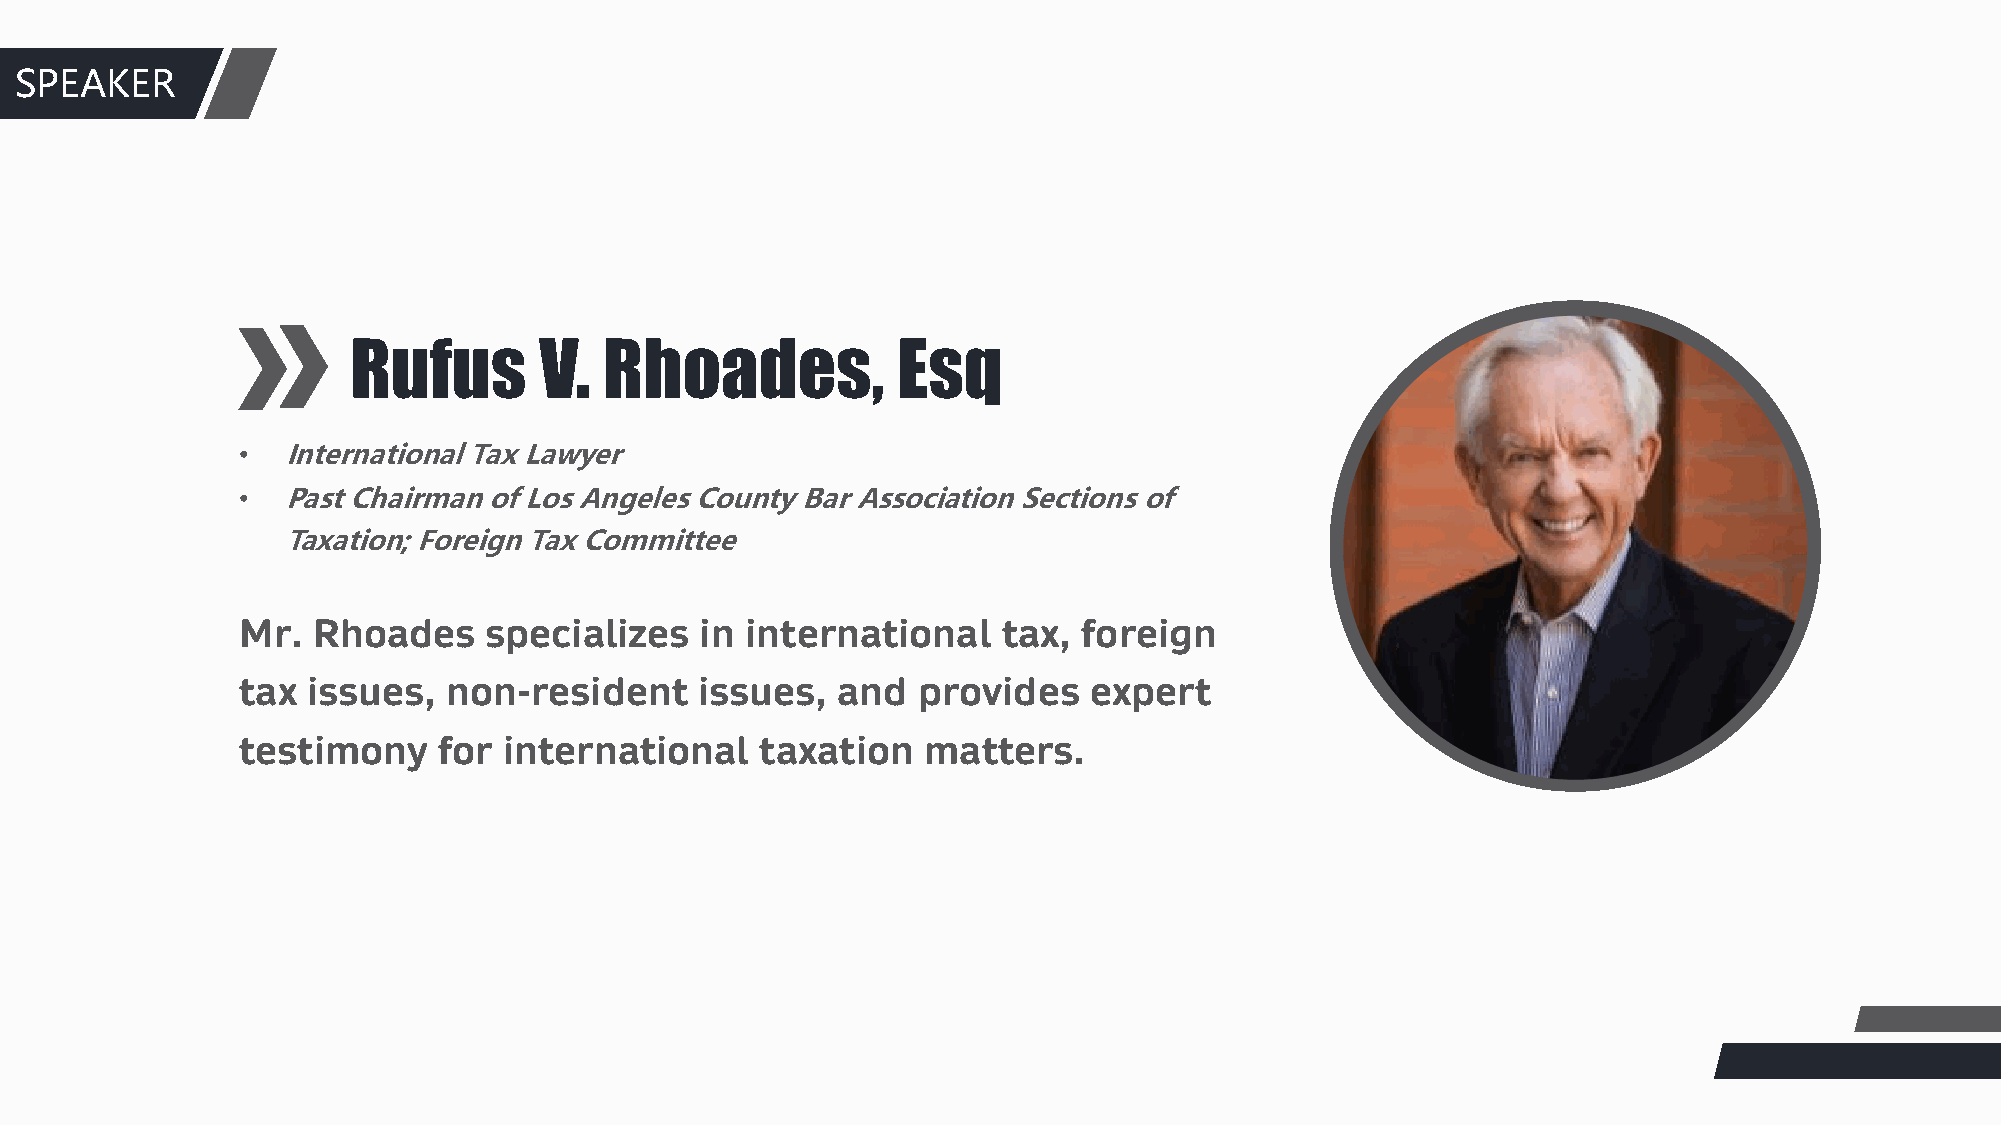
S团PE队A介KE绍R
 Rufus        V.  Rhoades,           Esq
 •  International Tax Lawyer
 •  Past Chairman of Los Angeles County Bar Association Sections of
 Taxation; Foreign Tax Committee
 Mr.  Rhoades    specializes   in international    tax,  foreign
 tax issues,   non-resident    issues,  and   provides   expert
 testimony    for international    taxation   matters.